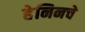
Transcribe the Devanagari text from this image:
हेनिनचे